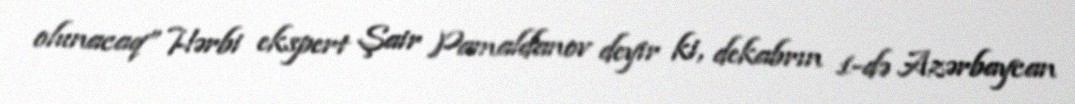
olunacaq” Hərbi ekspert Şair Pamaldanov deyir ki, dekabrın 1-də Azərbaycan